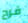
فرح